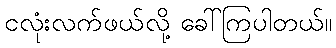
ငလုံးလက်ဖယ်လို့ ခေါ်ကြပါတယ်။